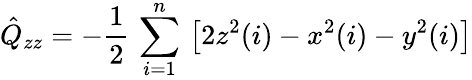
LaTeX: \hat{Q}_{zz}=-\frac{1}{2}\, \sum_{i=1}^{n}\, \left[2z^{2}(i)-x^{2}(i)-y^{2}(i)\right]